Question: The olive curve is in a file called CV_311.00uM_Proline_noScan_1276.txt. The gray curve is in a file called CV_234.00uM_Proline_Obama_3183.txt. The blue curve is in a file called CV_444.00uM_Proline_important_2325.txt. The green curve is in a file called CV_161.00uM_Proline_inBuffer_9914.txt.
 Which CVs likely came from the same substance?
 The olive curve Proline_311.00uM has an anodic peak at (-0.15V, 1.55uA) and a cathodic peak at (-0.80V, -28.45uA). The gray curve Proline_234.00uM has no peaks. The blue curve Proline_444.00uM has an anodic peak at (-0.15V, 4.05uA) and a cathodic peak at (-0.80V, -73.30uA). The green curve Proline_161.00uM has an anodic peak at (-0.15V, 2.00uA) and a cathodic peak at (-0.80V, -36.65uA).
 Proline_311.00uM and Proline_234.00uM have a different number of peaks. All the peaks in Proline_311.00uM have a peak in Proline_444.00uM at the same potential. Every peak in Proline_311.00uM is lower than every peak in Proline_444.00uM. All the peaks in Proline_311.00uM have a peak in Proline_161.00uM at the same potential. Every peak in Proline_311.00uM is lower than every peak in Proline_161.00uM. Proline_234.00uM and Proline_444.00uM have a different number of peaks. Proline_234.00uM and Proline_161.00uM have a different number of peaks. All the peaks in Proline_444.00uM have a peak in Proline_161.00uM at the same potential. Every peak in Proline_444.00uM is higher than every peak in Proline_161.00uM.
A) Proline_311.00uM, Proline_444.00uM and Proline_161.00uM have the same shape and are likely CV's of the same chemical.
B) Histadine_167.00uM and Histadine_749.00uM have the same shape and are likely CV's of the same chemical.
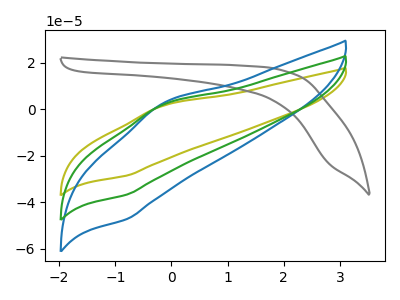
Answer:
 <answer>A) "Proline_311.00uM", "Proline_444.00uM" and "Proline_161.00uM" have the same shape and are likely CV's of the same chemical.</answer>
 <eval>A</eval>